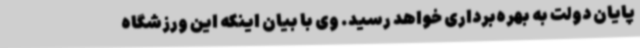
پایان دولت به بهره‌برداری خواهد رسید. وی با بیان اینکه این ورزشگاه